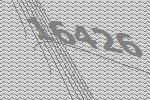
16426